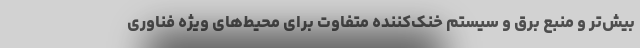
بیش‌تر و منبع برق و سیستم خنک‌کننده متفاوت برای محیط‌های ویژه فناوری